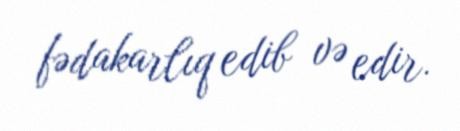
fədakarlıq edib və edir.